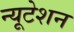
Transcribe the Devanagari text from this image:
न्यूटेशन